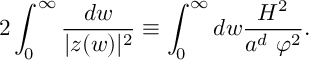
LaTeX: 2 \int _ { 0 } ^ { \infty } \frac { d w } { | z ( w ) | ^ { 2 } } \equiv \int _ { 0 } ^ { \infty } d w \frac { { \cal H } ^ { 2 } } { a ^ { d } ~ \varphi ^ { 2 } } .